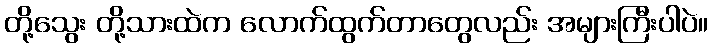
တို့သွေး တို့သားထဲက လောက်ထွက်တာတွေလည်း အများကြီးပါပဲ။